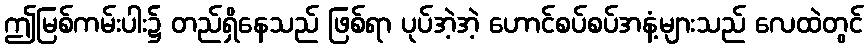
ဤမြစ်ကမ်းပါး၌ တည်ရှိနေသည် ဖြစ်ရာ ပုပ်အဲ့အဲ့ ဟောင်စပ်စပ်အနံ့များသည် လေထဲတွင်